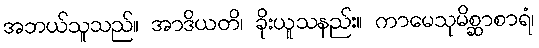
အဘယ်သူသည်။ အာဒိယတိ၊ ခိုးယူသနည်း။ ကာမေသုမိစ္ဆာစာရံ၊